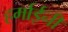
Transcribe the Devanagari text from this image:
हर्माईनी